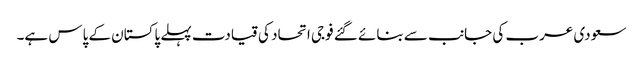
سعودی عرب کی جانب سے بنائے گئے فوجی اتحاد کی قیادت پہلے پاکستان کے پاس ہے۔